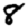
Digit: 8